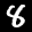
Label: 8